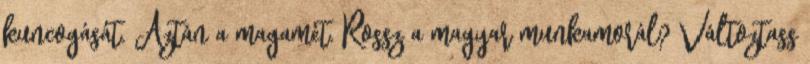
kuncogását. Aztán a magamét. Rossz a magyar munkamorál? Változtass